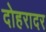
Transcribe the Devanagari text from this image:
दोहरादर